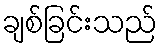
ချစ်ခြင်းသည်